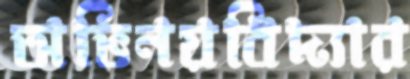
অভিনয়বিদ্যার